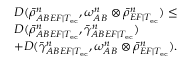
\begin{array} { r l } & { D ( \bar { \rho } _ { A B E F | T _ { \mathrm { e c } } } ^ { n } , \omega _ { A B } ^ { n } \otimes \bar { \rho } _ { E F | T _ { \mathrm { e c } } } ^ { n } ) \leq } \\ & { D ( \bar { \rho } _ { A B E F | T _ { \mathrm { e c } } } ^ { n } , \bar { \gamma } _ { A B E F | T _ { \mathrm { e c } } } ^ { n } ) } \\ & { + D ( \bar { \gamma } _ { A B E F | T _ { \mathrm { e c } } } ^ { n } , \omega _ { A B } ^ { n } \otimes \bar { \rho } _ { E F | T _ { \mathrm { e c } } } ^ { n } ) . } \end{array}